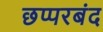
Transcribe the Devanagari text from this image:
छप्परबंद